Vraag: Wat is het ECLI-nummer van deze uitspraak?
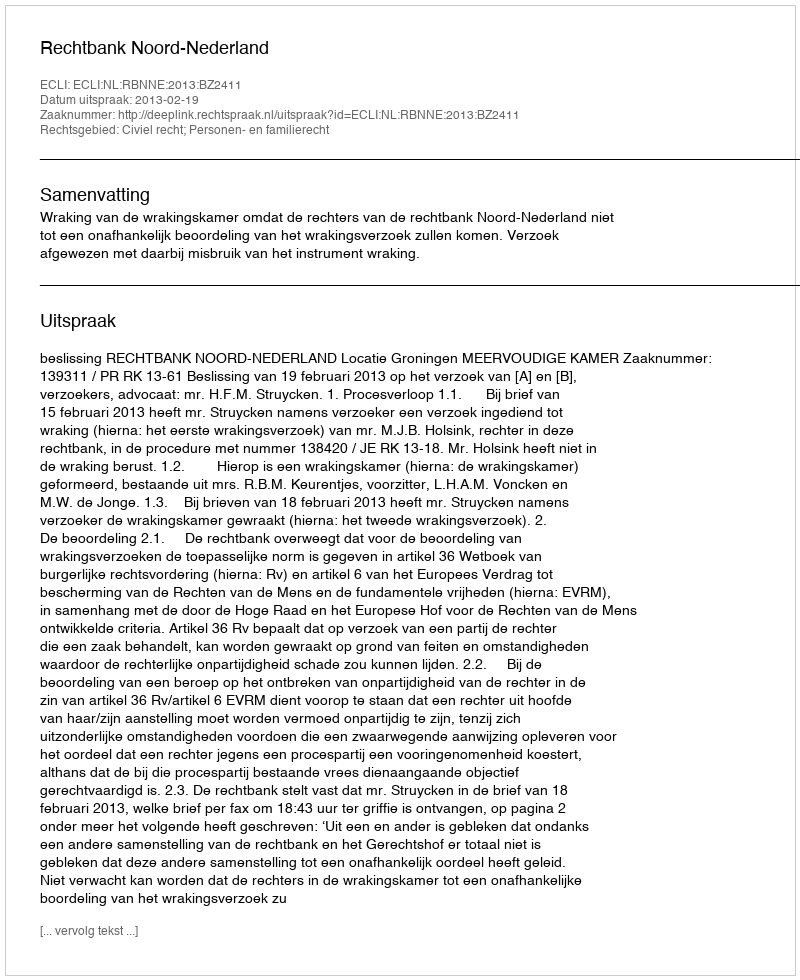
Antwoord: ECLI:NL:RBNNE:2013:BZ2411